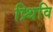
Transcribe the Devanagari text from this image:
प्र्थिवि